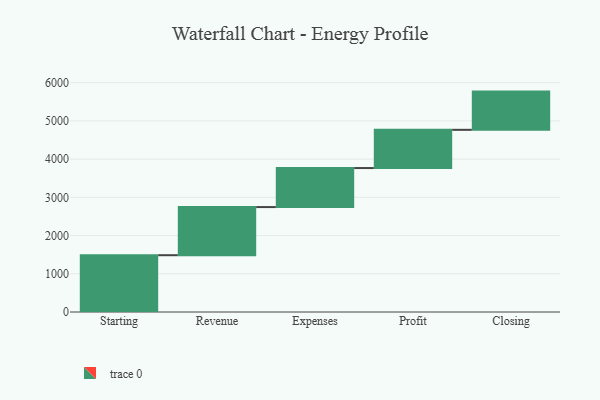
{"axis": {"x": "Step", "y": "Value"}, "legend": [""], "data": [{"x": "Starting", "y": 1486.0, "type": ""}, {"x": "Revenue", "y": 1259.0, "type": ""}, {"x": "Expenses", "y": 1021.0, "type": ""}, {"x": "Profit", "y": 1000, "type": ""}, {"x": "Closing", "y": 1000, "type": ""}]}